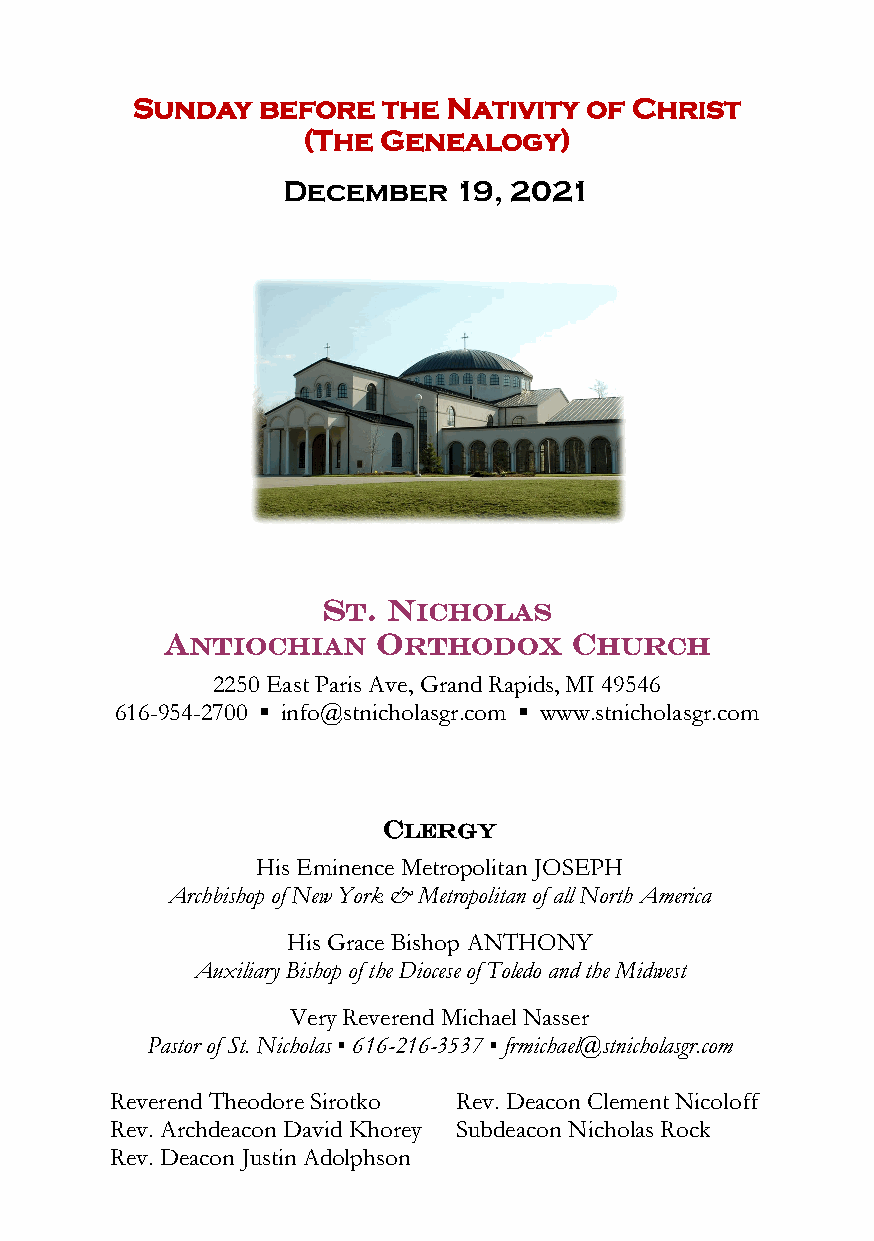
Sunday  before  the  Nativity of Christ
 (The Genealogy)
 December   19, 2021
 ST.  NICHOLAS
 ANTIOCHIAN    ORTHODOX     CHURCH
 2250 East Paris Ave, Grand Rapids, MI 495 46
 616-954-2700 ▪ info@stnicholasgr.com ▪ www.stnicholasgr.com
 CLERGY
 His Eminence Metropolitan JOSEPH
 Archbishop of New York & Metropolitan of all North America
 His Grace Bishop ANTHONY
 Auxiliary Bishop of the Diocese of Toledo and the Midwest
 Very Reverend Michael Nasser
 Pastor of St. Nicholas ▪ 616-216-3537 ▪ frmichael@stnicholasgr.com
 Reverend Theodore Sirotko Rev. Deacon Clement Nicoloff
 Rev. Archdeacon David Khorey Subdeacon Nicholas Rock
 Rev. Deacon Justin Adolphson